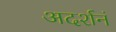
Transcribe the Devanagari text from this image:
अदर्शनं